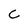
Character: C